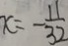
x = - \frac { 1 1 } { 3 2 }